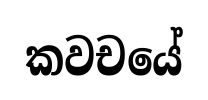
කවචයේ